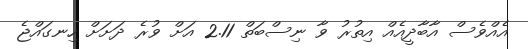
އެއްވެސް އާބާދީއެއް އިތުރު ވާ ނިސްބަތް 2.11 އަށް ވުރެ ދަށަށް ހިނގައްޖެ